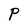
Character: P